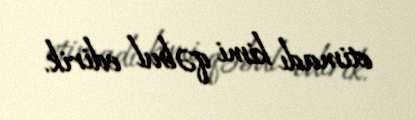
etimadı kimi qəbul edirik.